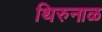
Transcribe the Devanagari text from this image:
थिरुनाळ